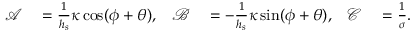
\begin{array} { r l r l r l } { \mathcal { A } } & { { } = \frac { 1 } { h _ { s } } \kappa \cos ( \phi + \theta ) , } & { \mathcal { B } } & { { } = - \frac { 1 } { h _ { s } } \kappa \sin ( \phi + \theta ) , } & { \mathcal { C } } & { { } = \frac { 1 } { \sigma } . } \end{array}